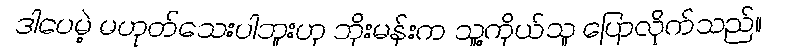
ဒါပေမဲ့ မဟုတ်သေးပါဘူးဟု ဘိုးမန်းက သူ့ကိုယ်သူ ပြောလိုက်သည်။